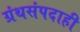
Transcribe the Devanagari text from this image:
ग्रंथसंपदाही